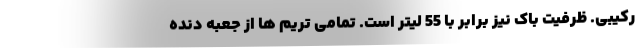
رکیبی. ظرفیت باک نیز برابر با 55 لیتر است. تمامی تریم ها از جعبه دنده